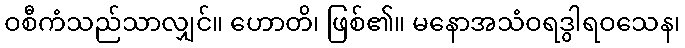
ဝစီကံသည်သာလျှင်။ ဟောတိ၊ ဖြစ်၏။ မနောအသံဝရဒွါရဝသေန၊